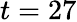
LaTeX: t=27